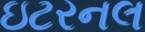
ઇટરનલ